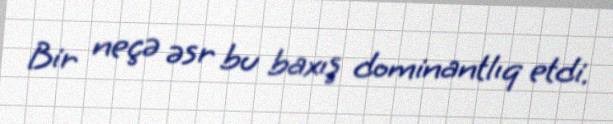
Bir neçə əsr bu baxış dominantlıq etdi.